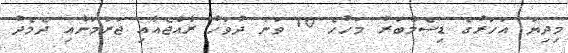
މިދިޔަ އަހަރުގެ ޑިސެމްބަރު މަހުހެ 10 ވަނަ ދުވަހު ރާއްޖެއާއި ޖަރުމަނާއި ދެމެދު